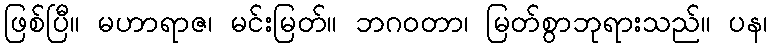
ဖြစ်ပြီ။ မဟာရာဇ၊ မင်းမြတ်။ ဘဂဝတာ၊ မြတ်စွာဘုရားသည်။ ပန၊